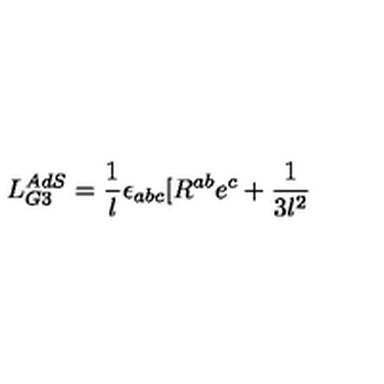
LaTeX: L _ { G 3 } ^ { A d S } = \frac { 1 } { l } \epsilon _ { a b c } [ R ^ { a b } e ^ { c } + \frac { 1 } { 3 l ^ { 2 } }